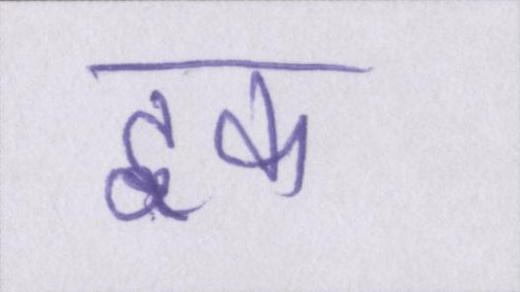
इक